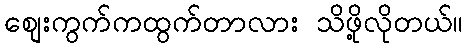
စျေးကွက်ကထွက်တာလား သိဖို့လိုတယ်။